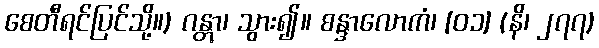
စေတီရင်ပြင်သို့။) ဂန္တွာ၊ သွား၍။ စန္ဒာလောကံ၊ [၀၁] (နိ၊ ၂၇၇)